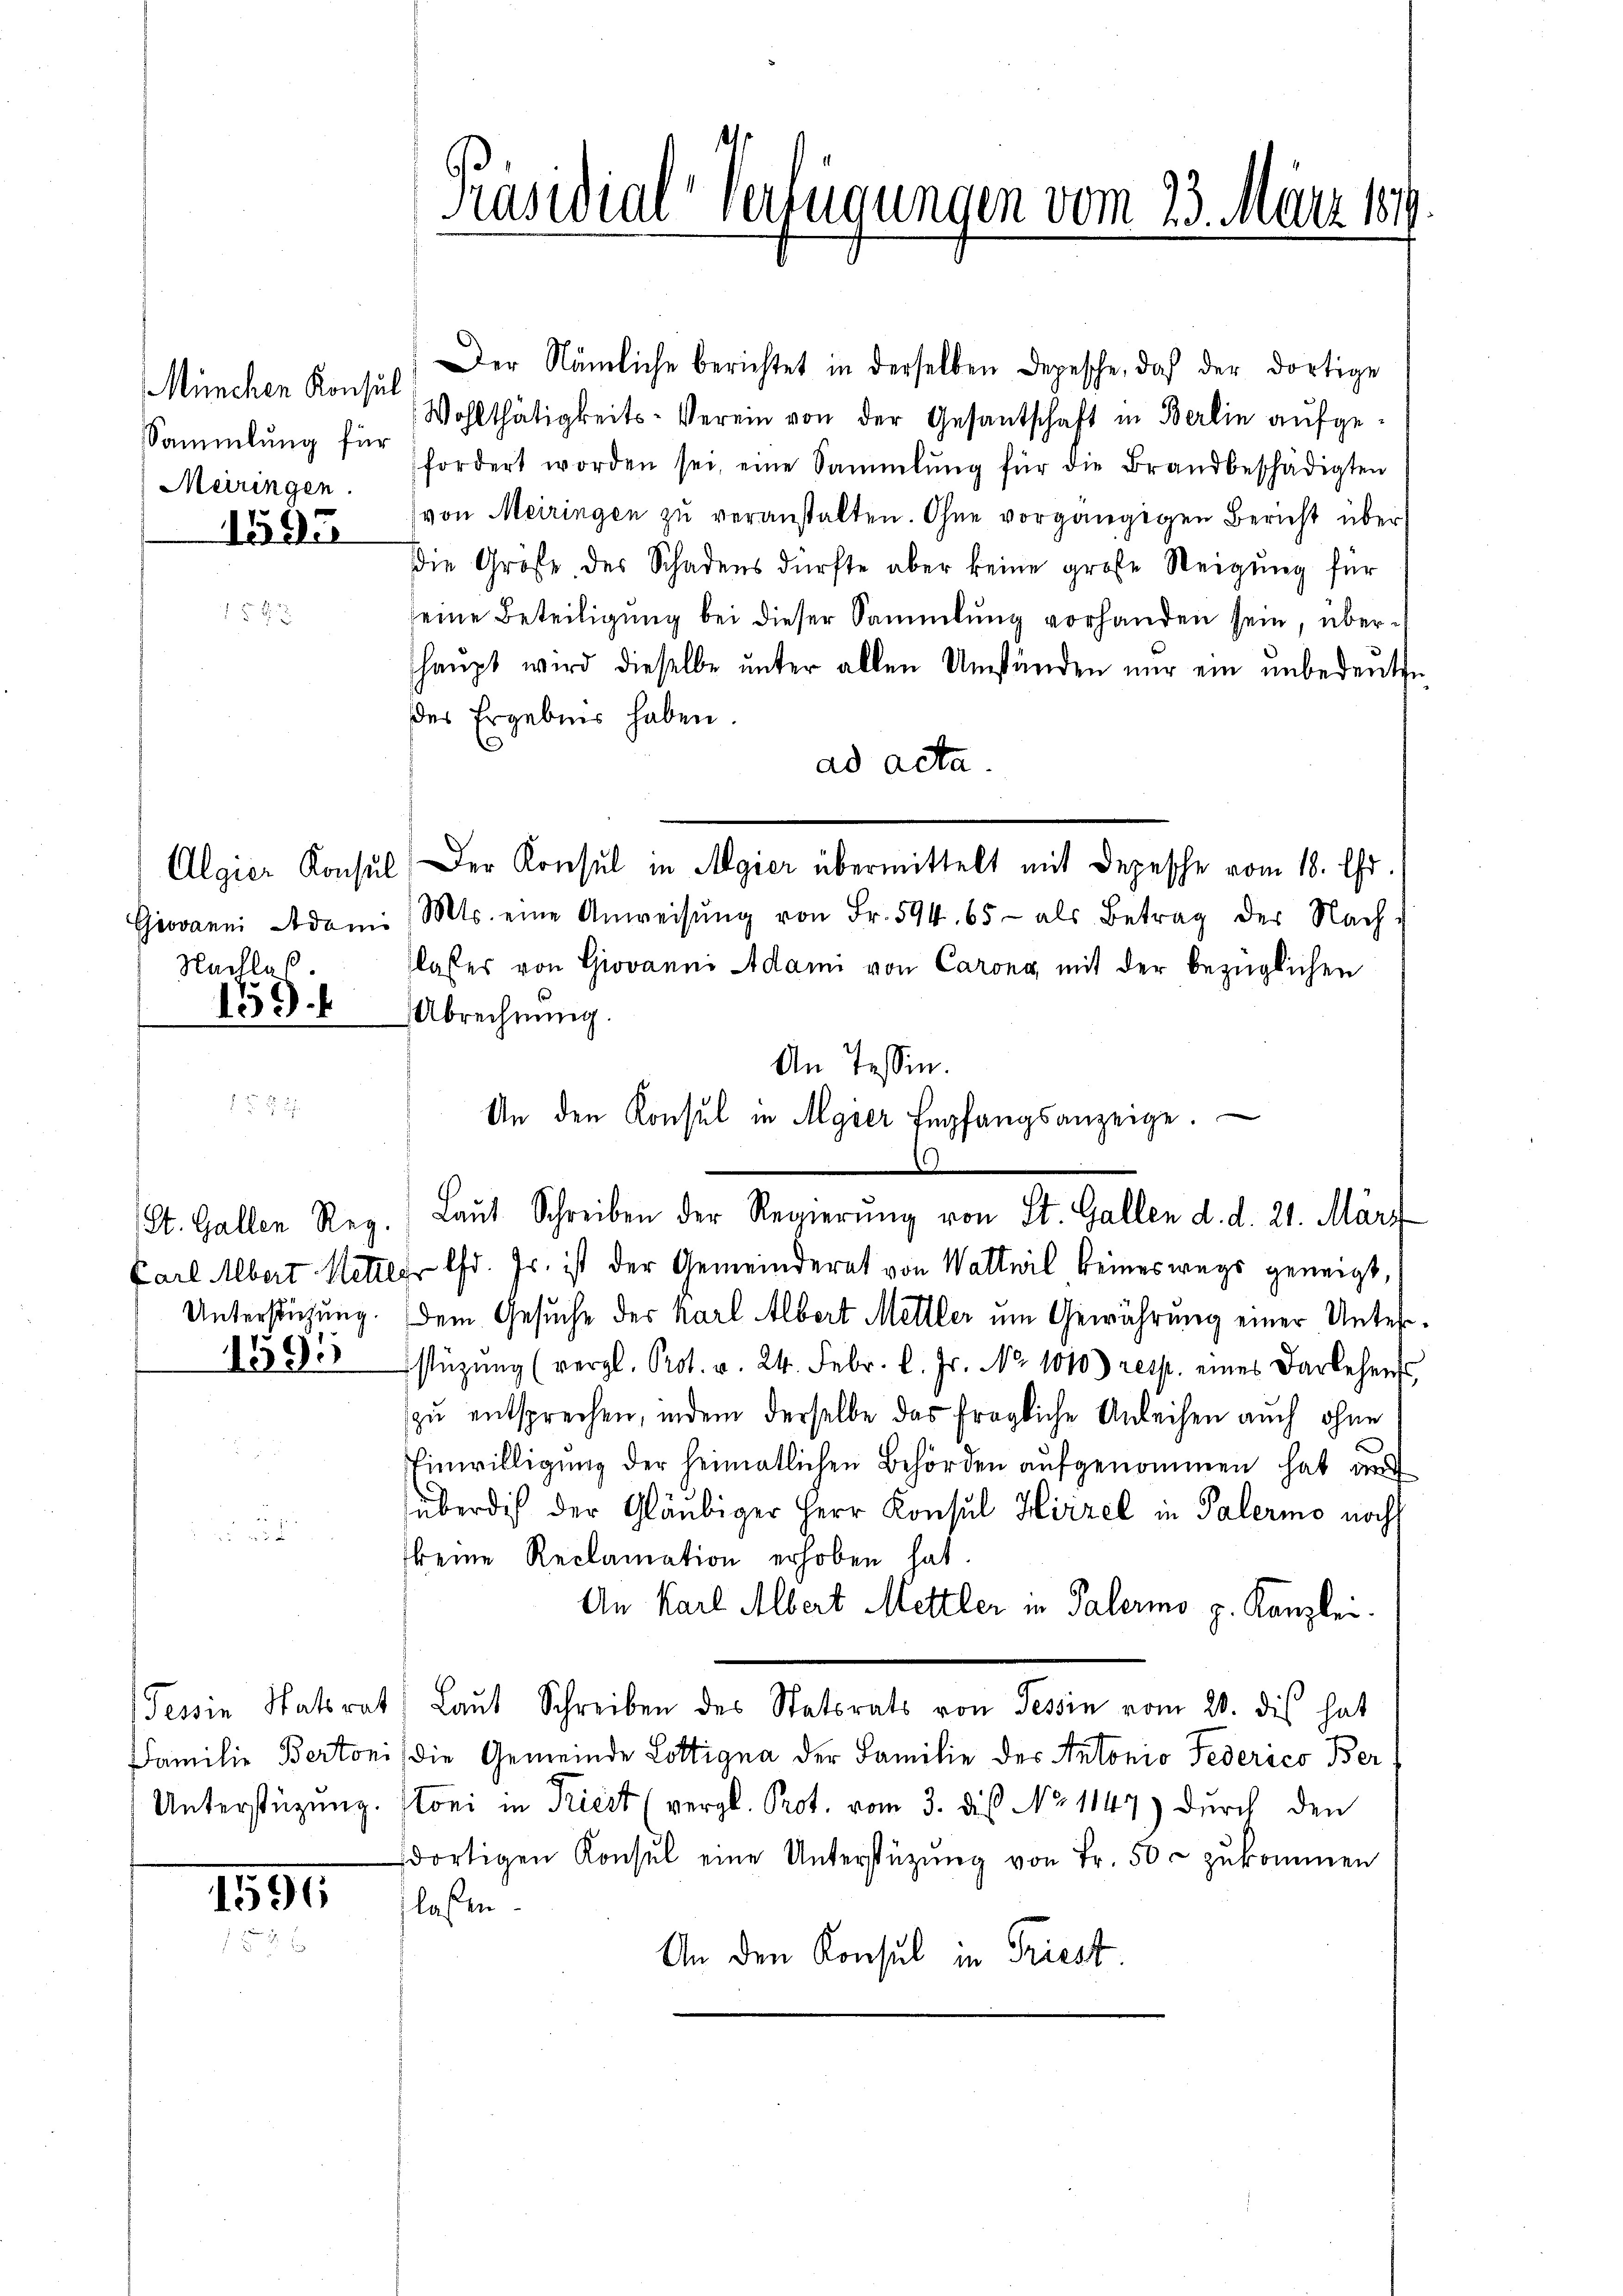
München Konsul
Meiringen

de

Nachlaß

St. Gallen Reg.

1594

Der Nämliche berichtet in derselben Depesche, daß der dortige
Wohlthätigkeits-Verein von der Gesantschaft in Berlin aufge-
Sammlung für fordert worden sei, eine Sammlung für die Brandbeschädigten
von Meiringen zu veranstalten. Ohne vorgängigen Bericht über
die Größe des Schadens dürfte aber keine große Weigung für
seine Beteiligung bei dieser Sammlung vorhanden sein, überhaŭpt wird dieselbe ŭnter allen Umständen nur ein unbedeŭten
des Ergebnis haben.
ad acta.
Algier Konsul der Konsul in Algier übermittelt mit Depesche vom 18. Chr.
Giovanni Adami Mts. eine Anweisŭng von Fr. 594. 65 - als Betrag der Nach-
lasser von Giovanni Adami von Carona, mit der bezüglichen
135 Abrechnung.
Carl Albert Metter d. Js. ist der Gemeinderat von Wattwil keineswegs geneigt,
Unterstützung. Dem Gesuche der Karl Albert Meiller um Gewährung einer Unter¬
1390 stüzung (vergl. Prot. v. 24. Febr. l. Js. No. 1010) resp. eines Darlehens
zu entsprechen, indem derselbe das fragliche Anleihen auch ohne
Einwilligung der heimatlichen Behörden aufgenommen hat a
überdig der Gläubiger Herr Konsul Hirzel in Palermo noch
keine Reclamation erhoben hat
An Karl Albert Mettler in Palermo z. Kanzlei.
Tessin Statsrat Laut Schreiben des Statsrats von Tessin vom 20. die hat
Familie Bertonis die Gemeinde Lottigna der Familie des Antonio Federico Ber
Unterstüzung. Stoni in Priest (vergl. Prot. vom 3. dies No 1147) durch den
dortigen Konsul eine Unterstützŭng von Fr. 50c zukommen
lassen.
An den Konsul in Triest.

Präsidial-Verfügungen vom 23. März 189.

An Tessin.
An den Konsul in Algier Empfangsanzeige.
)
Laut Schreiben der Regierŭng von St. Gallen d. d. 21. März